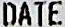
DATE